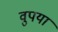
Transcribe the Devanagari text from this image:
वुपया